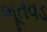
ભૂતવડ